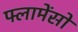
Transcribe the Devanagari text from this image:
फ्लामेंसो